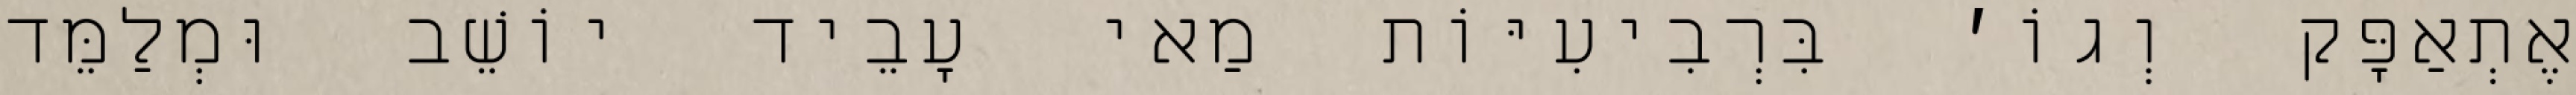
אֶתְאַפָּק וְגוֹ׳ בִּרְבִיעִיּוֹת מַאי עָבֵיד יוֹשֵׁב וּמְלַמֵּד